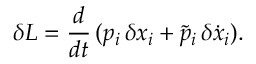
\delta { \cal L } = \frac { d } { d t } \, ( p _ { i } \, \delta x _ { i } + \tilde { p } _ { i } \, \delta \dot { x } _ { i } ) .